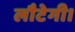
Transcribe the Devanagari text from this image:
लौटेगी।